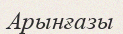
Арынғазы